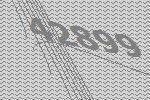
42899